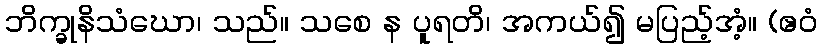
ဘိက္ခုနိသံဃော၊ သည်။ သစေ န ပူရတိ၊ အကယ်၍ မပြည့်အံ့။ (ဧဝံ